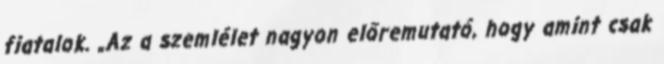
fiatalok. „Az a szemlélet nagyon előremutató, hogy amint csak